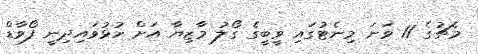
މެޗުގެ 11 ވަނަ މިނެޓުގައި ވީބީގެ ގޯލު މާޒިޔާ އަށް ހުޅުވައިދިނީ ފޯވާޑް